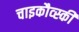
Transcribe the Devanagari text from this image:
चाइकौव्स्की